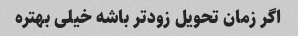
اگر زمان تحویل زودتر باشه خیلی بهتره